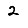
Digit: 2